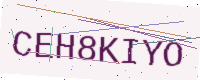
Text: CEH8KIYO